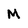
Character: M